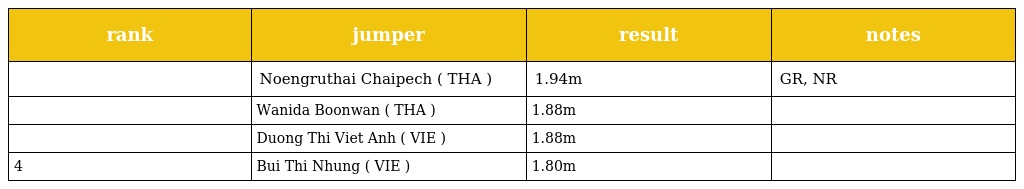
| rank | jumper | result | notes |
 | --- | --- | --- | --- |
 |  | Noengruthai Chaipech ( THA ) | 1.94m | GR, NR |
 |  | Wanida Boonwan ( THA ) | 1.88m |  |
 |  | Duong Thi Viet Anh ( VIE ) | 1.88m |  |
 | 4 | Bui Thi Nhung ( VIE ) | 1.80m |  |